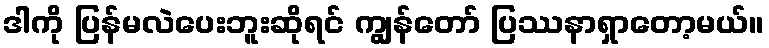
ဒါကို ပြန်မလဲပေးဘူးဆိုရင် ကျွန်တော် ပြဿနာရှာတော့မယ်။